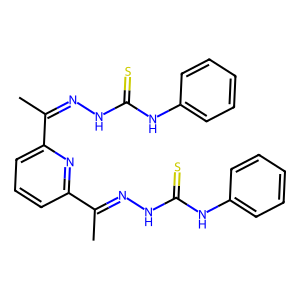
SMILES: CC(=NNC(=S)Nc1ccccc1)c1cccc(C(C)=NNC(=S)Nc2ccccc2)n1
Inhibits HIV replication: No